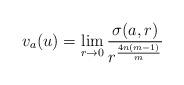
LaTeX: \begin{align*}v_a(u)=\lim_{r\to0} {\frac{\sigma(a,r)}{{r}^{\frac{4n(m-1)}{m}}}}\end{align*}